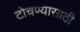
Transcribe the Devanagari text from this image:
टोचण्यासाठी